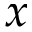
x